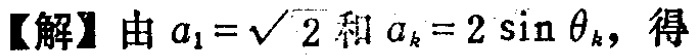
【解】由\(a_{1}=\sqrt{2}\)和\(a_{k}=2\sin\theta_{k}\)，得